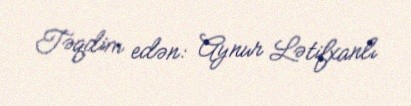
Təqdim edən: Aynur Lətifxanlı